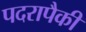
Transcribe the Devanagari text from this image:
पदरापैकी